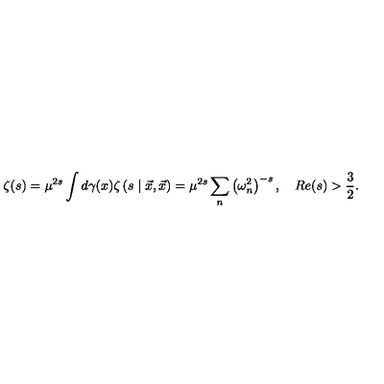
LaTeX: \zeta ( s ) = \mu ^ { 2 s } \int d \gamma ( x ) \zeta \left( s \mid \vec { x } , \vec { x } \right) = \mu ^ { 2 s } \sum _ { n } \left( \omega _ { n } ^ { 2 } \right) ^ { - s } , \quad R e ( s ) > \frac { 3 } { 2 } .